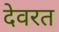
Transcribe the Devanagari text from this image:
देवरत